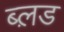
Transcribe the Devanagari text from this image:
ब्ल़ड